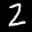
Label: 2